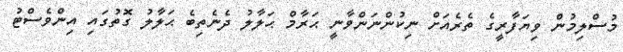
މުސްލިމުން ވިޔަފާރީގެ ތެރެއަށް ނިކުންނަންވާނީ ޙަރާމް ޙަލާލު ދެނެތިބެ ޙަލާލު ގޮތުގައި އިންވެސްޓު